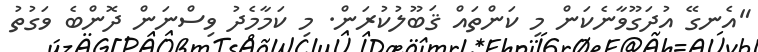
"އެނގޭ އުދަގޫވާނެކަން މި ކަންތައް ޤަބޫލުކުރަން. މި ކަމާމެދު ވިސްނަން ދޮންބެ ވަގުތު